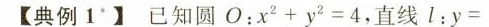
(典例1)已知圆O：$$x ^ { 2 } + y ^ { 2 } = 4$$，直线l：$$y =